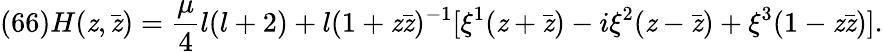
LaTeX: (66)H(\mathit{z},\bar{{\mathit{z}}})=\frac{{\mu}}{{4}}l(l+2)+l(1+\mathit{z}\bar{{\mathit{z}}})^{-1}[\xi^{1}(\mathit{z}+\bar{{\mathit{z}}})-i\xi^{2}(\mathit{z}-\bar{{\mathit{z}}})+\xi^{3}(1-\mathit{z}\bar{{\mathit{z}}})].